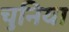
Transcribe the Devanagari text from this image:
चुनिया